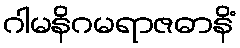
ဂါမနိဂမရာဇဓာနိံ